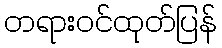
တရားဝင်ထုတ်ပြန်